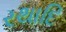
રથાદિ